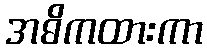
အဓိကထားကာ